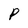
Character: P